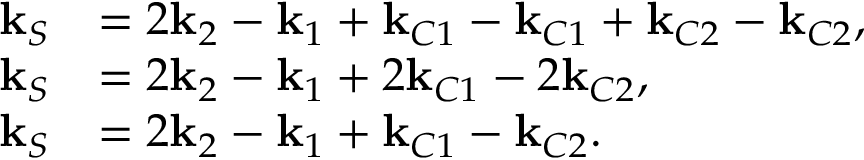
\begin{array} { r l } { \mathbf { k } _ { S } } & { = 2 \mathbf { k } _ { 2 } - \mathbf { k } _ { 1 } + \mathbf { k } _ { C 1 } - \mathbf { k } _ { C 1 } + \mathbf { k } _ { C 2 } - \mathbf { k } _ { C 2 } , } \\ { \mathbf { k } _ { S } } & { = 2 \mathbf { k } _ { 2 } - \mathbf { k } _ { 1 } + 2 \mathbf { k } _ { C 1 } - 2 \mathbf { k } _ { C 2 } , } \\ { \mathbf { k } _ { S } } & { = 2 \mathbf { k } _ { 2 } - \mathbf { k } _ { 1 } + \mathbf { k } _ { C 1 } - \mathbf { k } _ { C 2 } . } \end{array}